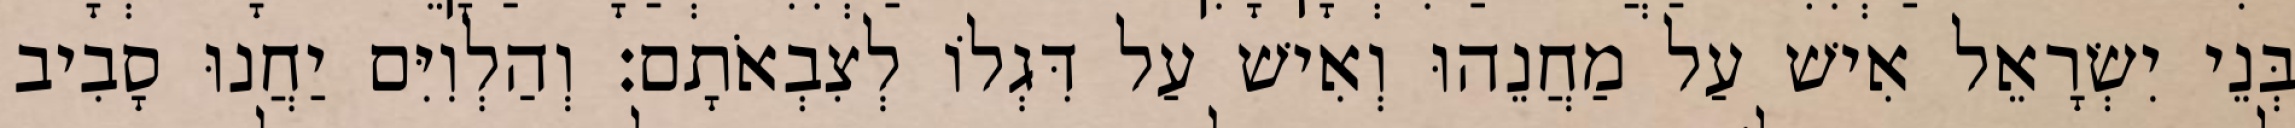
בְּנֵי יִשְׂרָאֵל אִישׁ עַל מַחֲנֵהוּ וְאִישׁ עַל דִּגְלוֹ לְצִבְאֹתָם׃ וְהַלְוִיִּם יַחֲנוּ סָבִיב